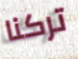
تركنا